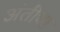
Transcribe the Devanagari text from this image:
अंतीचा